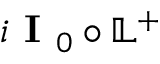
i \textbf { I } _ { 0 } \circ \mathbb { L } ^ { + }